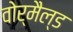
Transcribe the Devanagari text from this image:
वोर्मैल्ड